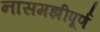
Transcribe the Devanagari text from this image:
नासमझीपूर्ण